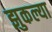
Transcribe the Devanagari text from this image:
झुकल्या